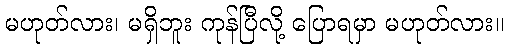
မဟုတ်လား၊ မရှိဘူး ကုန်ပြီလို့ ပြောရမှာ မဟုတ်လား။